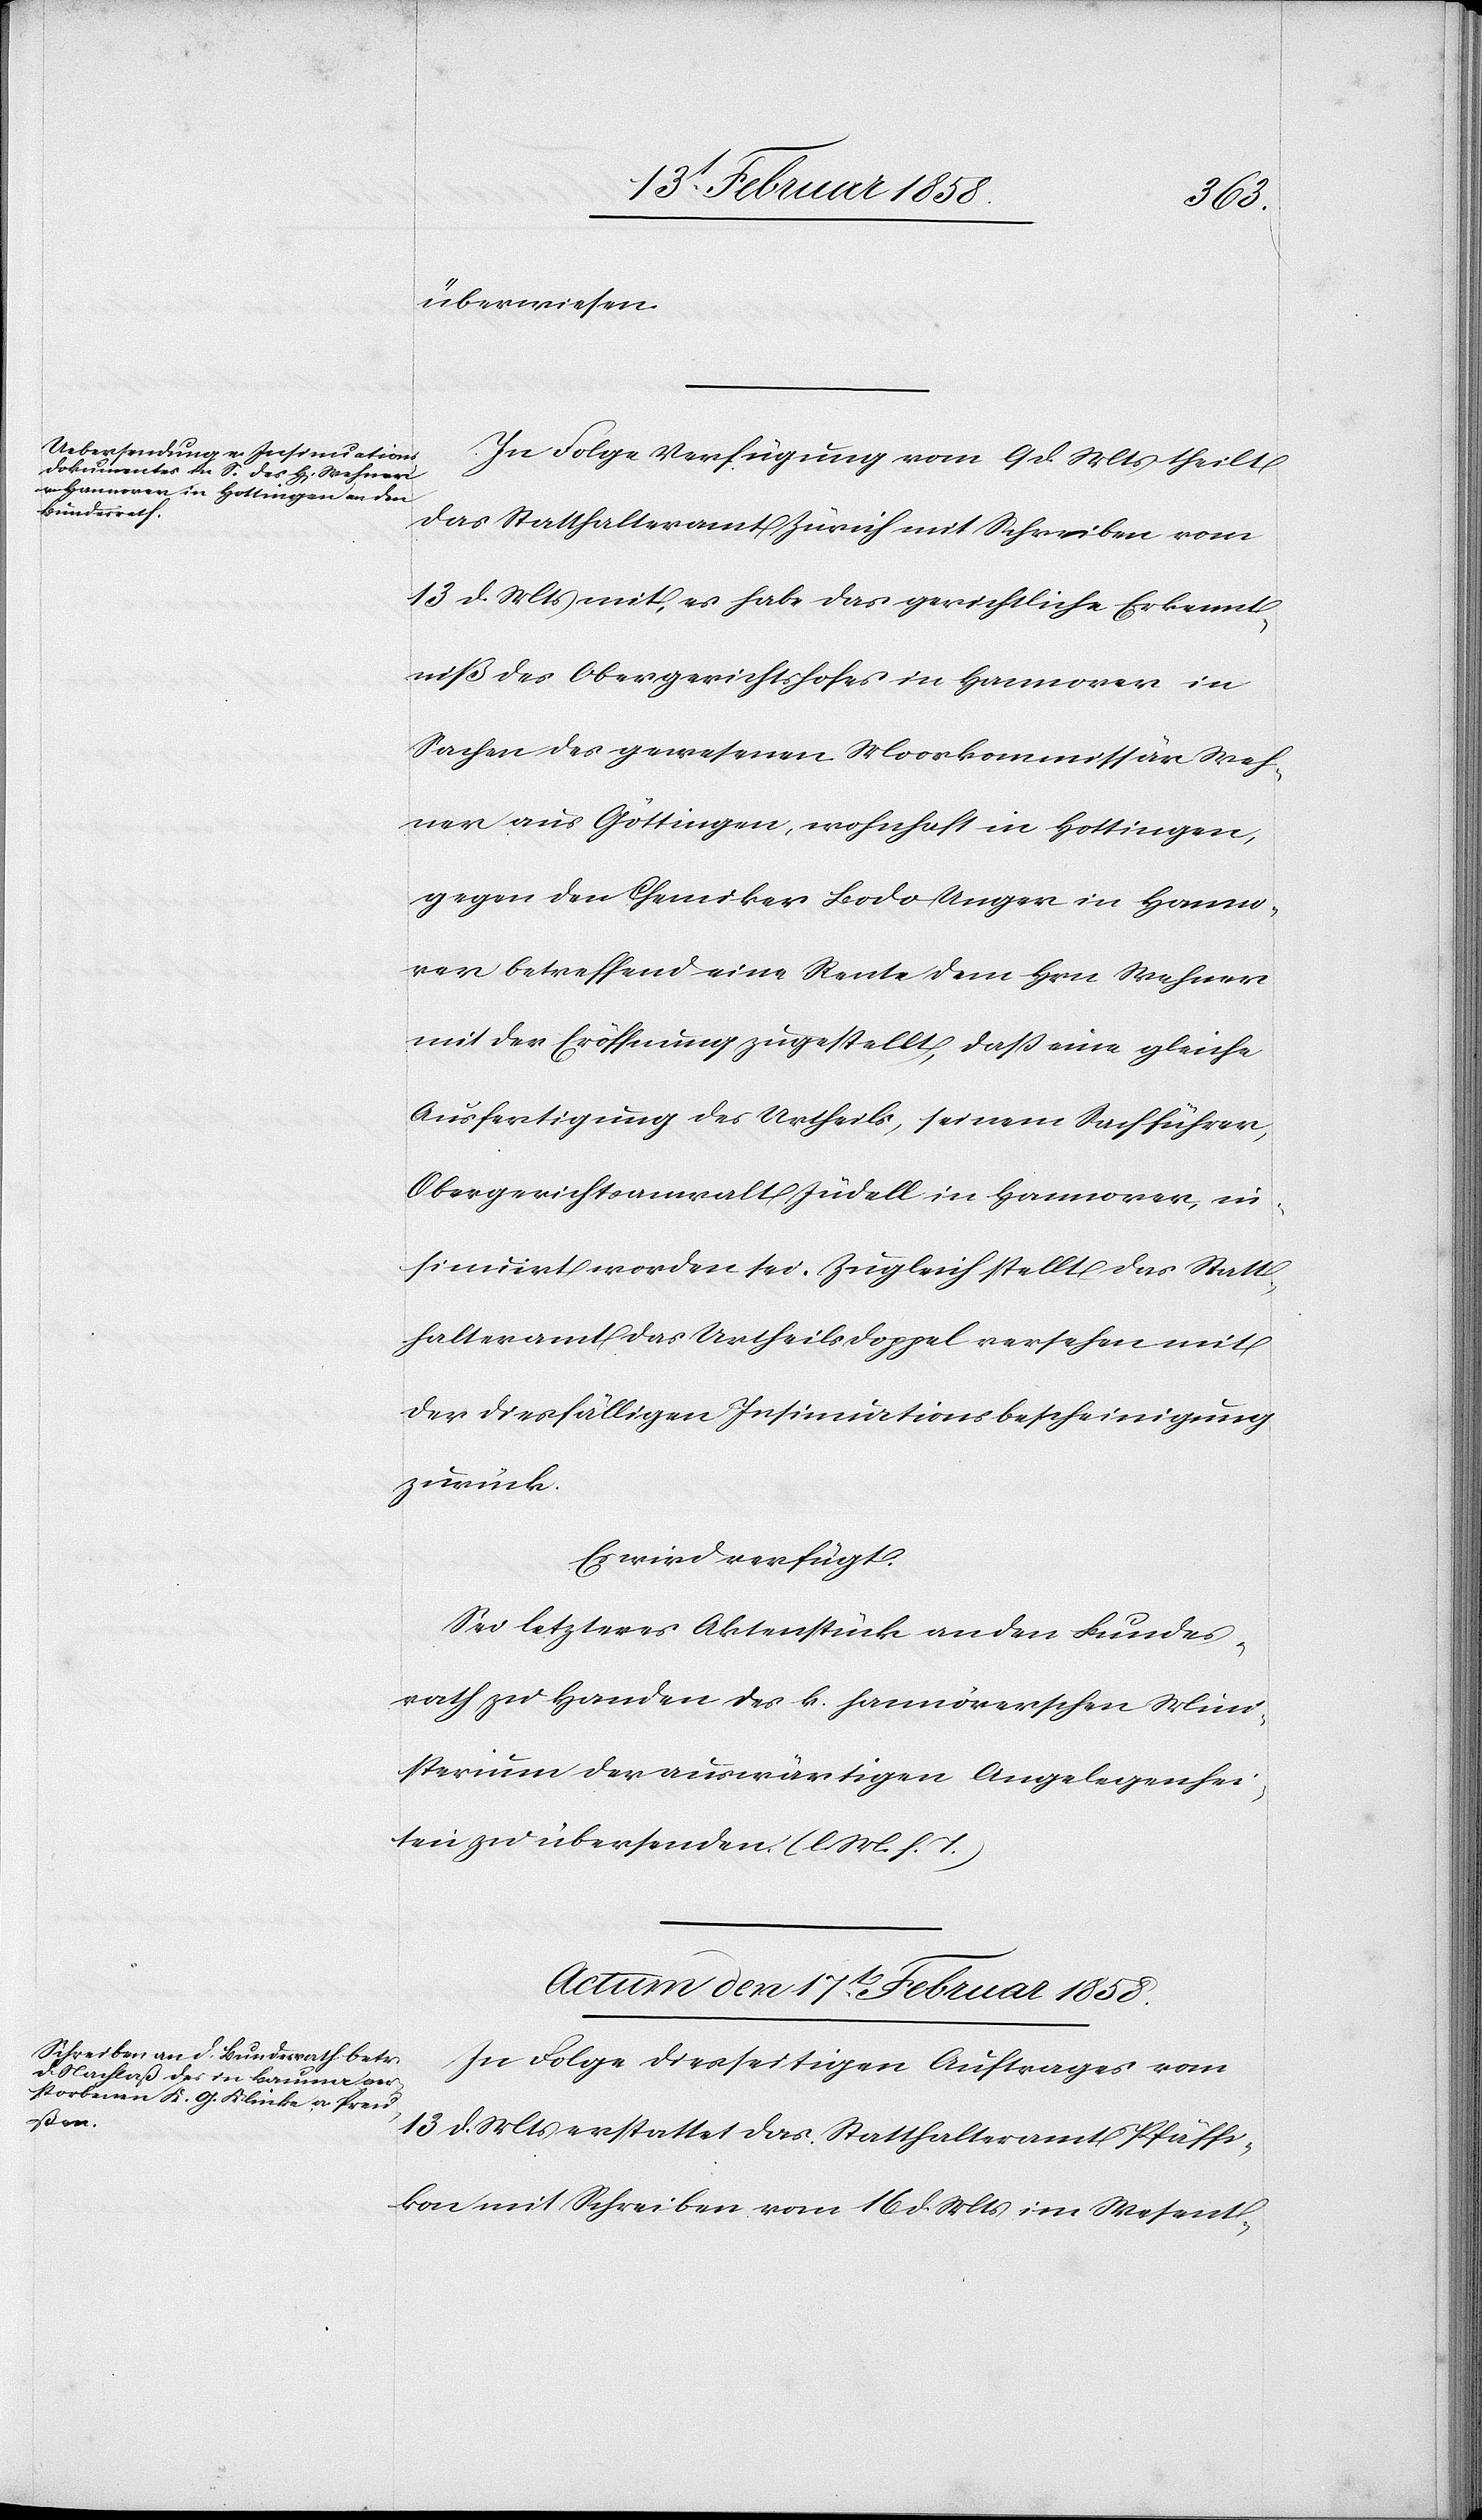
16t Februar 1858.]
den
überwiesen.
In Folge Verfügung vom 9 d. Mts theilt
das Statthalteramt Zürich mit Schreiben vom
13 d. Mts. mit, es habe das gerichtliche Erkennt¬
niß des Obergerichtshofes in Hannover in
Sachen des gewesenen Moorkommissär Weh¬
ner aus Göttingen, wohnhaft in Hottingen,
gegen den Chemiker Bodo Unger in Hanno¬
ver betreffend eine Rente dem Hrn. Wehner
mit der Eröffnung zugestellt, daß eine gleich
Ausfertigung des Urtheils, seinem Sachführer,
Obergerichtsanwalt Jüdell in Hannover, in¬
sinuiert worden sei. Zugleich stellt das Statt¬
halteramt das Urtheilsdoppel versehen mit
der diesfälligen Insinuationsbescheinigung
zurück.
Es wird verfügt:
Sei letzteres Aktenstück an den Bundes¬
rath zu Handen des k. hannöverschen Mini¬
sterium der auswärtigen Angelegenhei¬
ten zu übersenden (l. M. v. h. T.)
Actum den 17t Februar 1858.
In Folge diesseitigen Auftrages vom
13 d. Mts. erstattet das Statthalteramt Pfäffi¬
kon mit Schreiben vom 16 d. Mts. im Wesent-